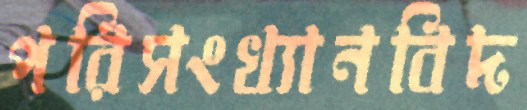
পরিসংখ্যানবিদ